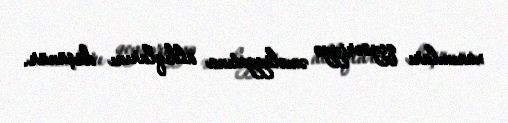
xanımları qeysəriyyə əməliyyatına aldıqlarını düşünür.